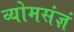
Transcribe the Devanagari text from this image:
व्योमसंज्ञं